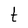
Character: t